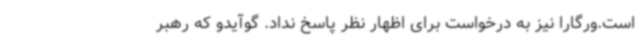
است.ورگارا نیز به درخواست برای اظهار نظر پاسخ نداد. گوآیدو که رهبر